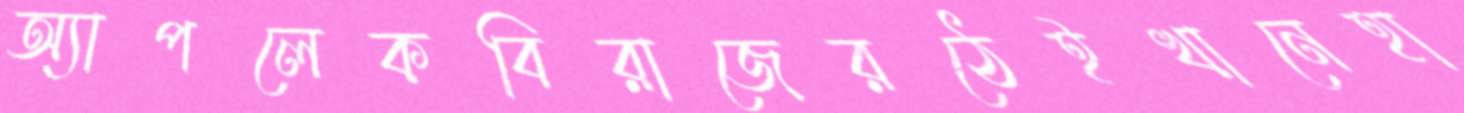
অ্যাপলেকবিরাজেরঠেইখানেহা